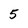
Character: 5